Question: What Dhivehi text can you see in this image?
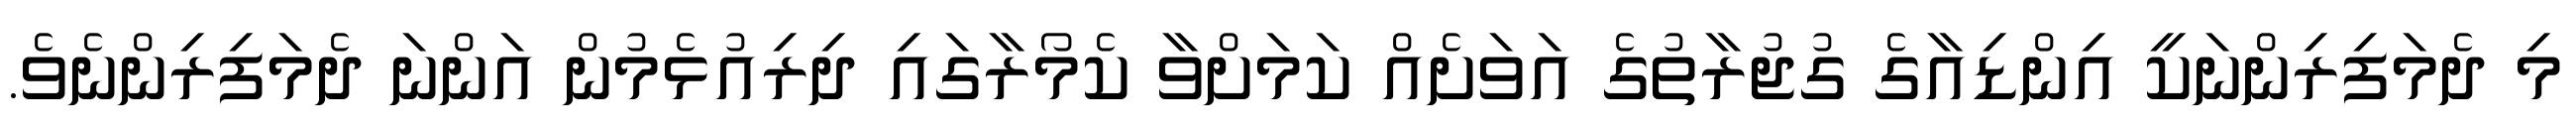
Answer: މި ދެމަފިރިންނަކީ އިންޑިއާގެ ގުޖުރާތުގެ އަވަށެއް ކަމަށްވާ ކެމޯރާގައި ދިރިއުޅެމުން އަންނަ ދެމަފިރިންނެވެ.